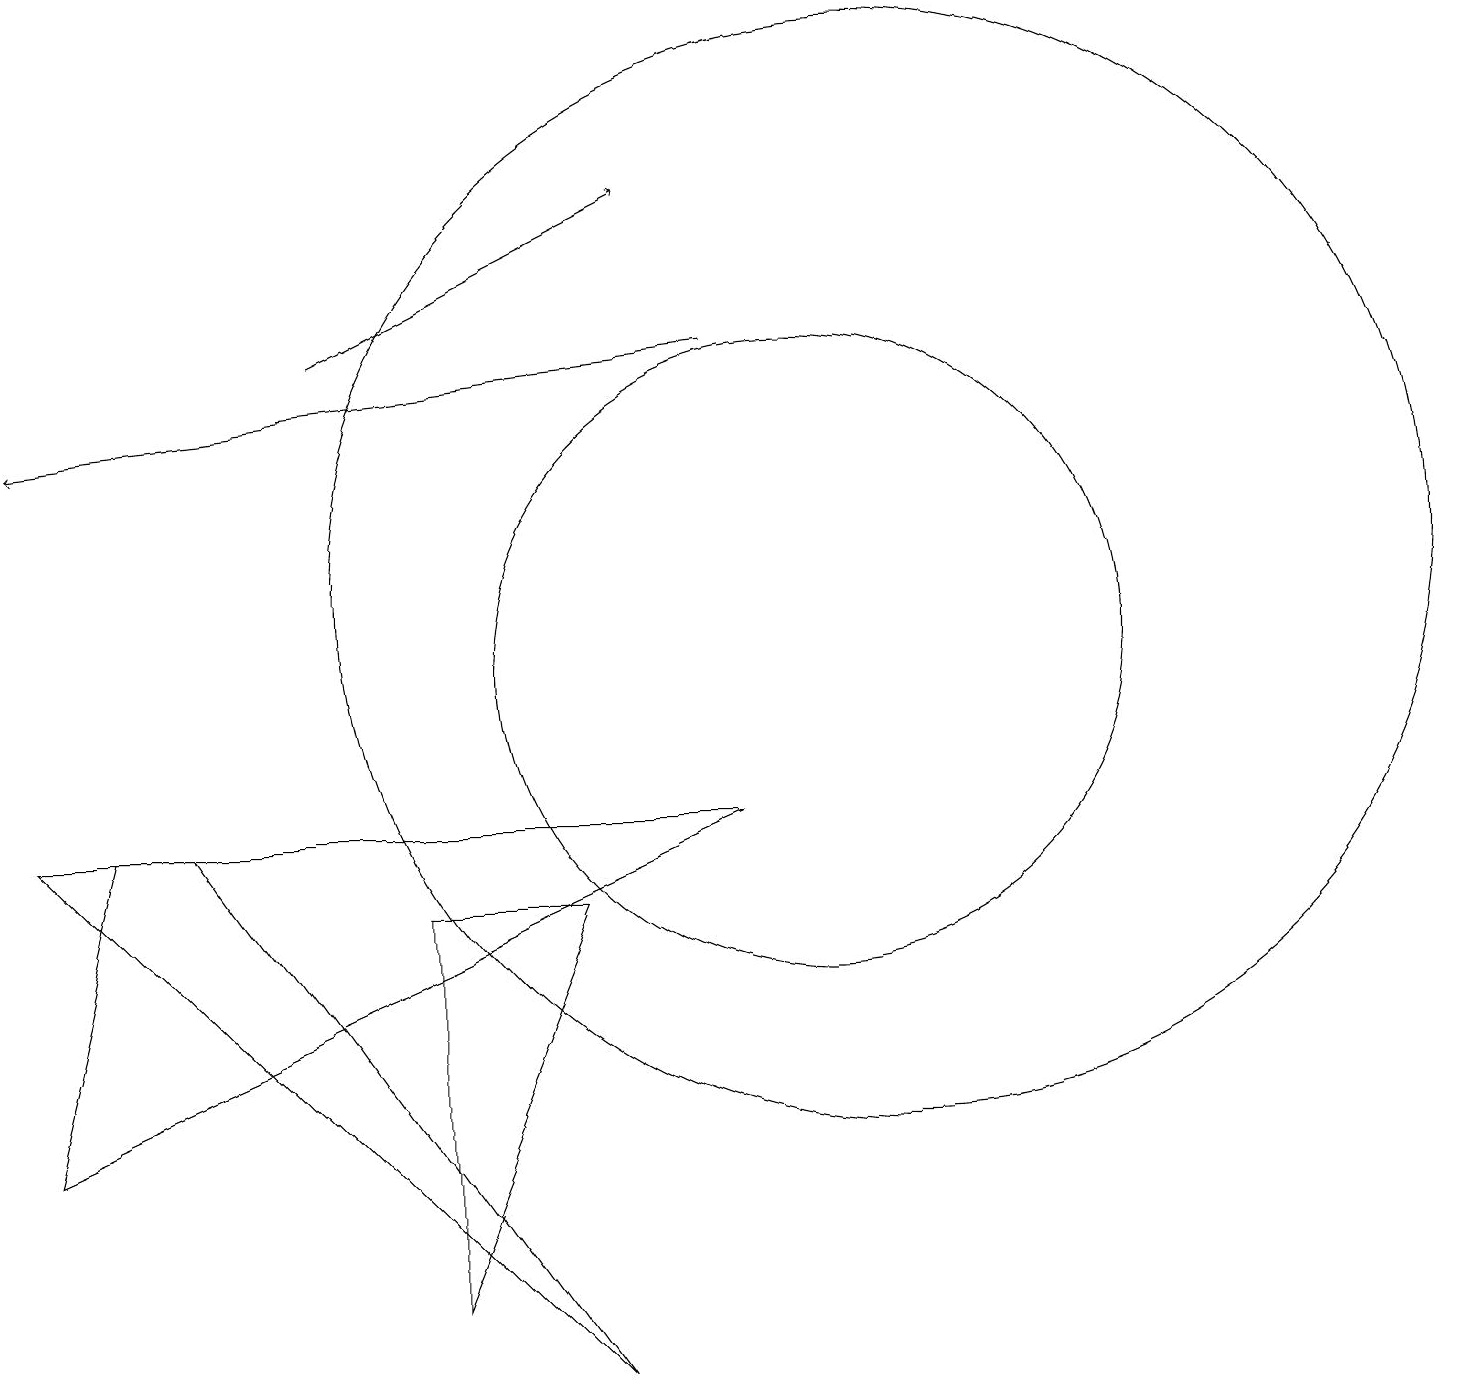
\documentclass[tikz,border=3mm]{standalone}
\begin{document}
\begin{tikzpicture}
\draw (10,10) circle (4);
\draw[->] (9,14) -- (0,13);
\draw (5,7) -- (7,7) -- (5,2) -- cycle;
\draw (11,11) circle (7);
\draw (9,8) -- (0,4) -- (1,8) -- cycle;
\draw (2,8) -- (7,1) -- (0,8) -- cycle;
\draw[->] (4,14) -- (8,16);
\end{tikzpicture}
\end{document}